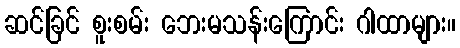
ဆင်ခြင် စူးစမ်း ဘေးမသန်းကြောင်း ဂါထာများ။